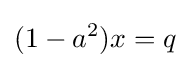
(1-a^{2})x=q